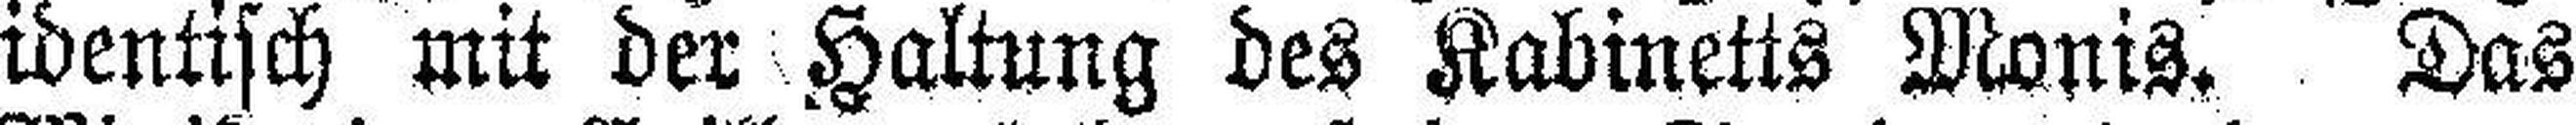
identisch mit der Haltung des Kabinetts Monis. Das